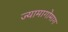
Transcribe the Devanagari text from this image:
ज्यामागोमाग